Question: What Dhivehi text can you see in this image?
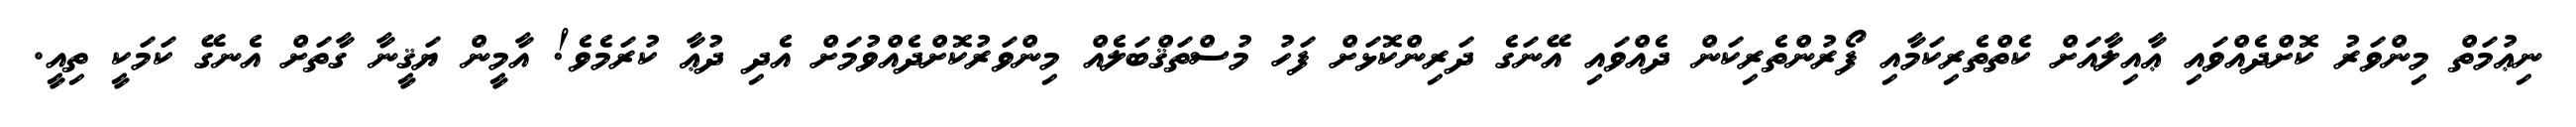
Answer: ނިޢުމަތް މިންވަރު ކޮށްދެއްވައި ޢާއިލާއަށް ކެތްތެރިކަމާއި ފޯރުންތެރިކަން ދެއްވައި އޭނަގެ ދަރިންކޮޅަށް ފަހު މުސްތަޤްބަލެއް މިންވަރުކޮށްދެއްވުމަށް އެދި ދުޢާ ކުރަމެވެ! އާމީން ޔަޤީނާ ގާތަށް އެނގޭ ކަމަކީ ތިއީ.